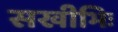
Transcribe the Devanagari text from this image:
सखीभिः